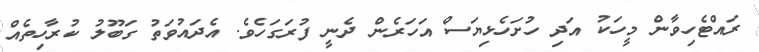
ރައްޓެހިވާން މީހަކު އަދި ހުށަހެޅިޔަސް އަހަރެން ދެނީ ފުރަގަހެވެ. އެދައުވަތު ގަބޫލު ކުރާހިތެއް